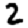
Digit: 2